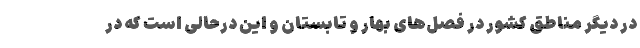
در دیگر مناطق کشور در فصل‌های بهار و تابستان و این درحالی است که در